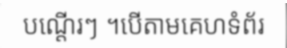
បណ្តើរៗ ។បើតាមគេហទំព័រ